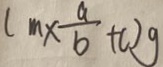
( m \times \frac { a } { b } + c ) g